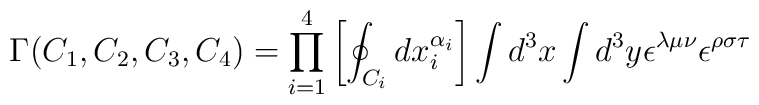
\Gamma(C_1,C_2,C_3,C_4)=\prod_{i=1}^4\left[\oint_{C_i}dx_i^{\alpha_i}\right]\int d^3x \int d^3y\epsilon^{\lambda\mu\nu}\epsilon^{\rho\sigma\tau}